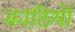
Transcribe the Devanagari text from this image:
काठियों